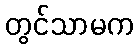
တွင်သာမက